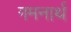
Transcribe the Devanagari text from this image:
गमनार्थ